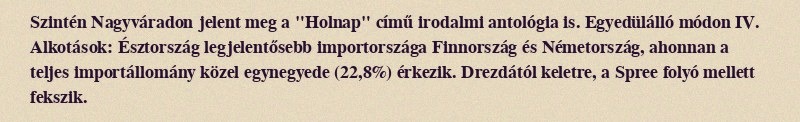
Szintén Nagyváradon jelent meg a "Holnap" című irodalmi antológia is. Egyedülálló módon IV. Alkotások: Észtország legjelentősebb importországa Finnország és Németország, ahonnan a teljes importállomány közel egynegyede (22,8%) érkezik. Drezdától keletre, a Spree folyó mellett fekszik.